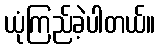
ယုံကြည်ခဲ့ပါတယ်။